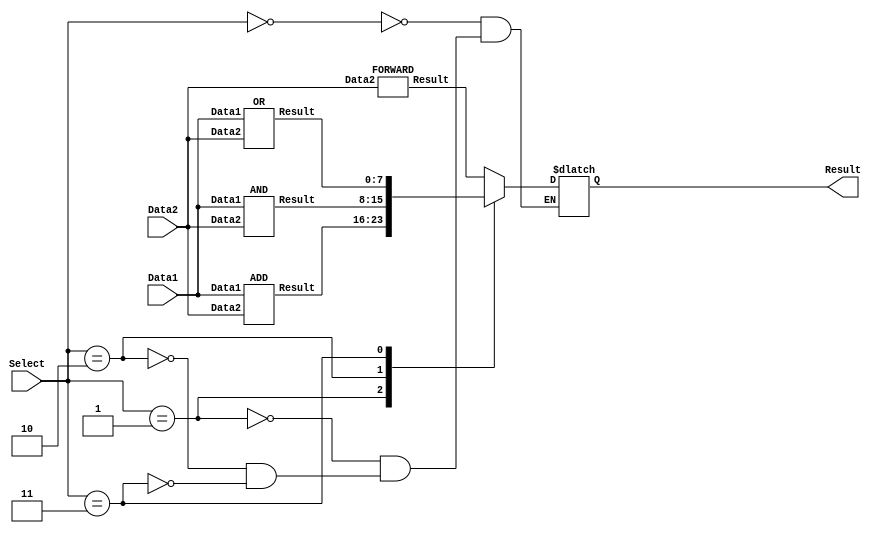
//lab 05 part 03 - Group 13

module alu(Data1, Data2, Result, Select);
	
	// Input ports
	input [7:0] Data1, Data2;   // 8-bit data inputs
	input [2:0] Select;          // 3-bit selection input for choosing operation
	
	output reg [7:0] Result;     // Output port for the result
	
	wire [7:0] forwardWire, addWire, andWire, orWire;   // Wires for outputs of each functional unit
	
	// Functional units to forward the results of the units to corresponding wire
	FORWARD forwardUnit(Data2, forwardWire);   // Forwarding unit
	ADD addUnit(Data1, Data2, addWire);        // Addition unit
	AND andUnit(Data1, Data2, andWire);        // Bitwise AND unit
	OR orUnit(Data1, Data2, orWire);           // Bitwise OR unit
	
	
	// RESULT output must be updated whenever any of the inputs or functional outputs changes
	always @ (Data1,Data2,Select) 
	begin
		// Select the operation based on the value of Select input
		case (Select)		
			3'b000 :	Result = forwardWire;   // SELECT = 0 : FORWARD operation
			3'b001 :	Result = addWire;       // SELECT = 1 : ADD operation
			3'b010 :	Result = andWire;       // SELECT = 2 : AND operation
			3'b011 :	Result = orWire;        // SELECT = 3 : OR operation
		endcase
	end
		
endmodule


// Forwarding unit
module FORWARD(Data2, Result);

	input [7:0] Data2;     // Input port for forwarding
	output [7:0] Result;   // Output port for forwarding

	// Assigns value of Data2 to the Result for forwarding after 1 time delay
	assign #1 Result = Data2;

endmodule

// Addition unit
module ADD(Data1, Data2, Result);

	input [7:0] Data1, Data2;    // 8-bit input ports for addition
	output [7:0] Result;         // Output port for addition
	
	// Assigns addition of Data1 and Data2 to Result after 2 time unit delay
	assign #2 Result = Data1 + Data2;

endmodule

// Bitwise AND unit
module AND(Data1, Data2, Result);

	input [7:0] Data1, Data2;    // 8-bit input ports for AND operation
	output [7:0] Result;         // Output port for AND operation
	
	// Assigns logical AND result of Data1 and Data2 to Result after 1 time unit delay
	assign #1 Result = Data1 & Data2;

endmodule

// Bitwise OR unit
module OR(Data1, Data2, Result);

	input [7:0] Data1, Data2;    // Input ports for OR operation
	output [7:0] Result;         // Output port for OR operation
	
	// Assigns logical OR result of Data1 and Data2 to Result after 1 time unit delay
	assign #1 Result = Data1 | Data2;

endmodule